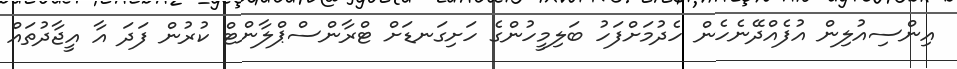
އިންސިއުލިން އުފެއްދޭނެހެން ހެދުމަށްފަހު ބަލިމީހުންގެ ހަށިގަނޑަށް ޓްރާންސްޕްލާންޓް ކުރުން ފަދަ އާ އީޖާދުތައް